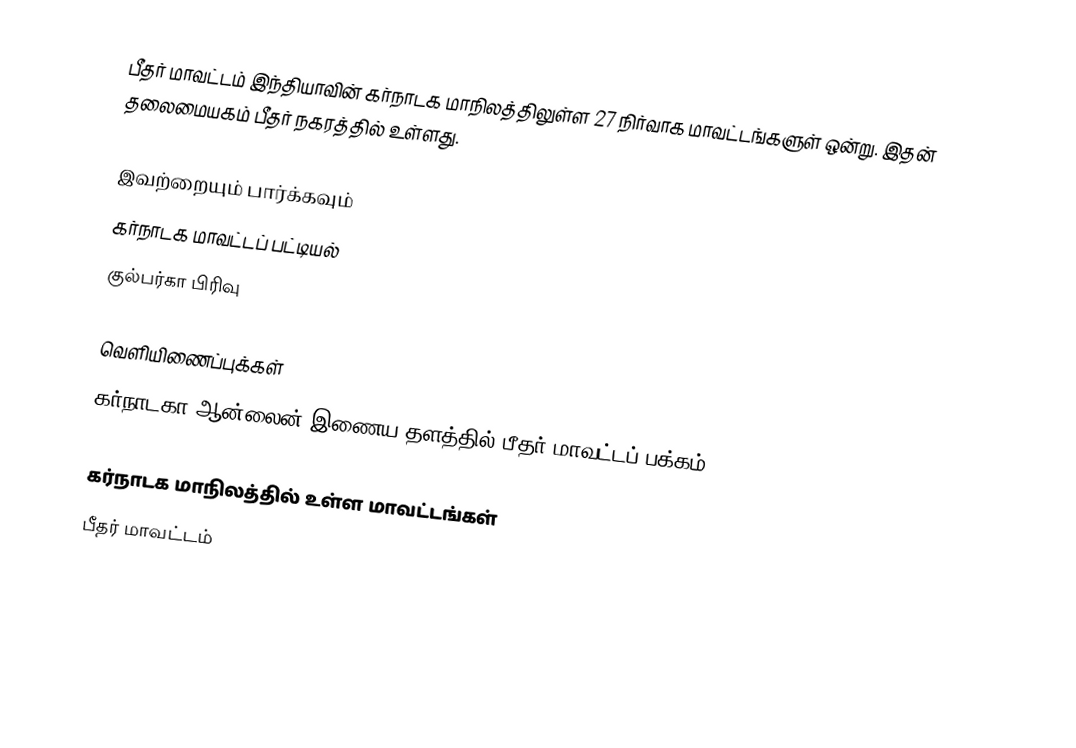
பீதர் மாவட்டம் இந்தியாவின் கர்நாடக மாநிலத்திலுள்ள 27 நிர்வாக மாவட்டங்களுள் ஒன்று. இதன் தலைமையகம் பீதர் நகரத்தில் உள்ளது.

இவற்றையும் பார்க்கவும்
கர்நாடக மாவட்டப் பட்டியல்
 குல்பர்கா பிரிவு

வெளியிணைப்புக்கள்
 கர்நாடகா ஆன்லைன் இணைய தளத்தில் பீதர் மாவட்டப் பக்கம்

கர்நாடக மாநிலத்தில் உள்ள மாவட்டங்கள்
பீதர் மாவட்டம்